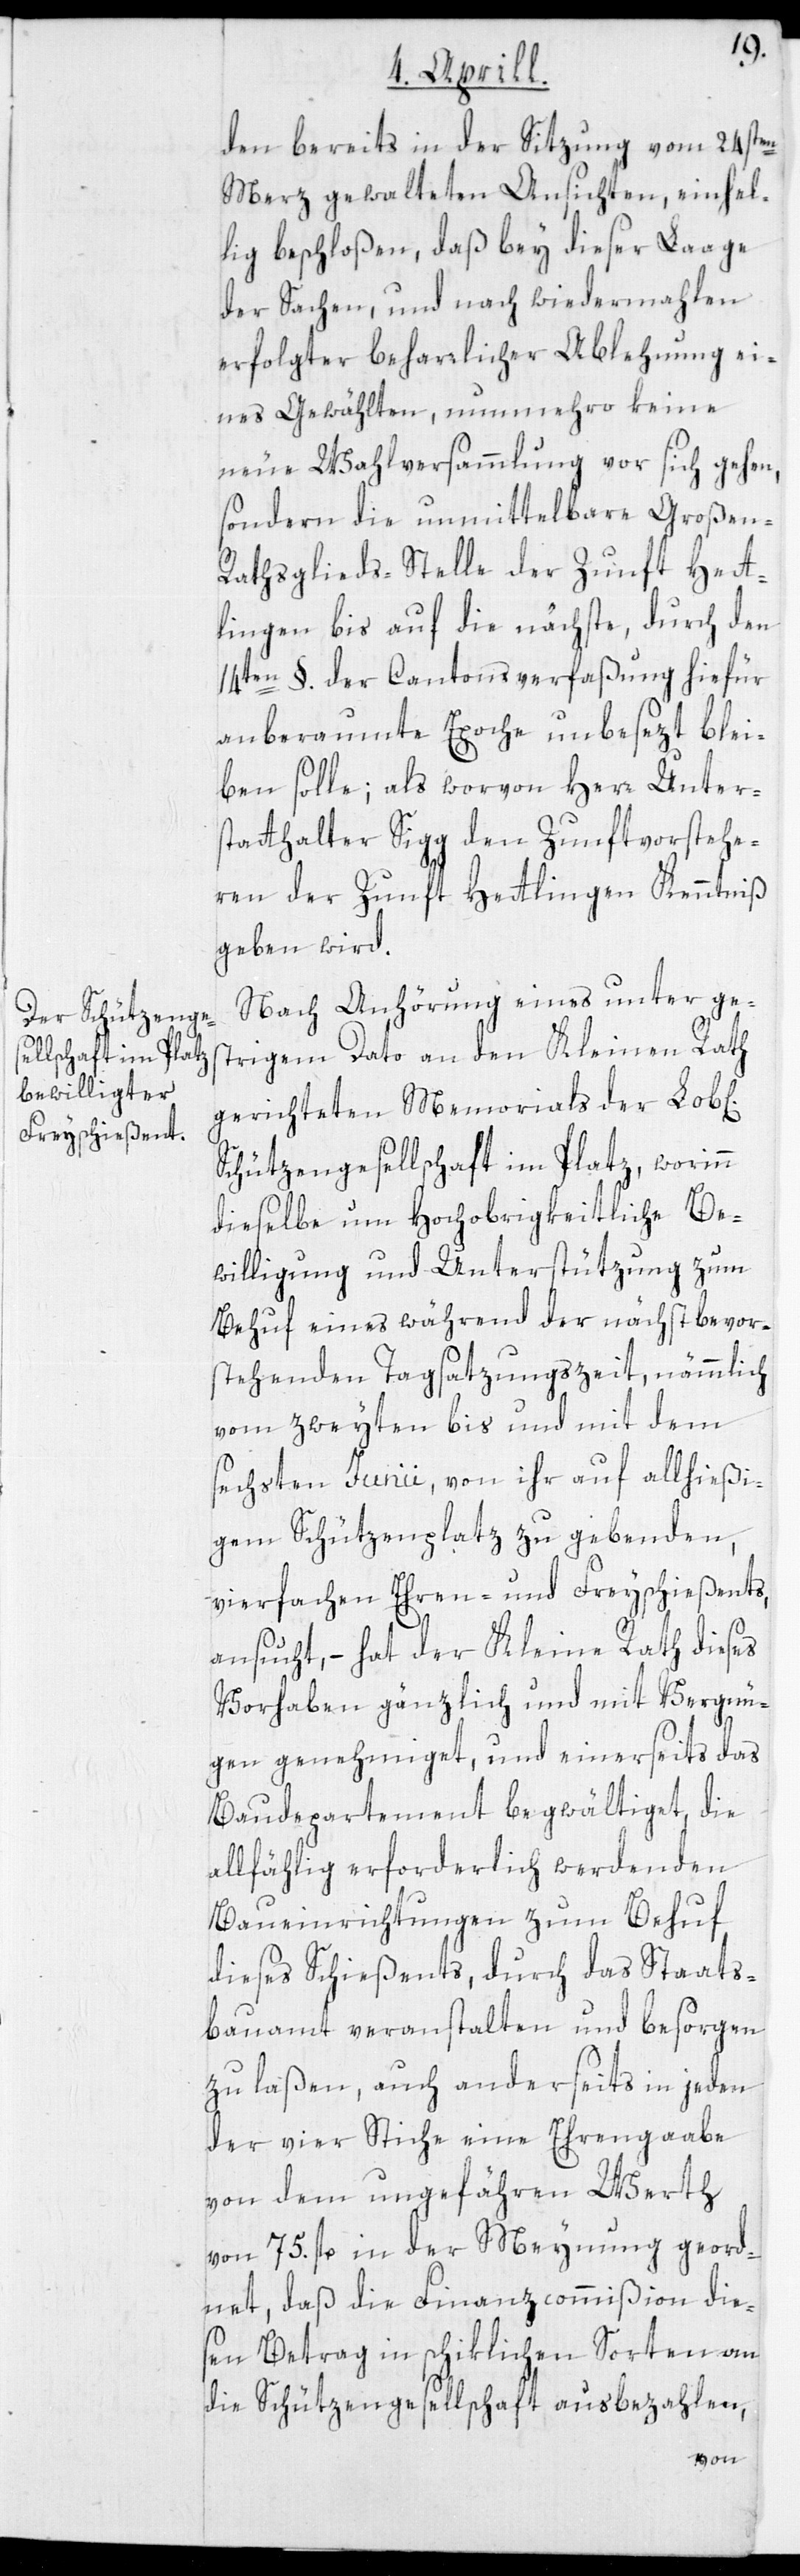
den bereits in der Sitzung vom 24sten
März gewalteten Ansichten, einhel¬
lig beschloßen, daß bey dieser Laage
der Sachen, und nach wiedermahlen
erfolgter beharrlicher Ablehnung ei¬
nes Gewählten, nunmehro keine
neue Wahlversammlung vor sich gehen,
sondern die unmittelbare Großen-R¬
athsglieds-Stelle der Zunft Hett¬
lingen bis auf die nächste, durch den
14ten §. der Cantonsverfaßung hiefür
anberaumte Epoche unbesezt blei¬
ben solle; als worvon Herr Unter¬
statthalter Sigg den Zunftvorstehe¬
ren der Zunft Hettlingen Kenntnis
geben wird.
Nach Anhörung eines unter ge¬
strigem Dato an den Kleinen Rath
gerichteten Memorials der Lob[l
Schützengesellschaft im Platz, worinn
dieselbe um Hochobrigkeitliche Be¬
willigung und Unterstützung zum
Behuf eines während der nächst bevor¬
stehenden Tagsatzungszeit, nämmlich
vom zweyten bis und mit dem
sechsten Junii, von ihr auf allhießi¬
gem Schützenplatz zu gebenden,
vierfachen Ehren- und Freyschießents,
ansucht, – hat der Kleine Rath dieses
Vorhaben gänzlich und mit Vergnü¬
gen genehmiget, und einerseits das
Baudepartement begwältiget, die
allfählig erforderlich werdenden
Baueinrichtungen zum Behuf
dieses Schießents, durch das Staats¬
bauamt veranstalten und besorgen
zu laßen, auch anderseits in jeden
der vier Stiche eine Ehrengaabe
von dem ungefähren Werth
von 75. fl. in der Meynung geord¬
net, daß die Finanzcommißion dies¬
en Betrag in schiklichen Sorten an
die Schützengesellschaft ausbezahlen,